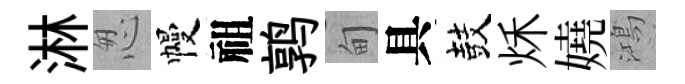
淋怱幔祖鹑甸具鼓秌嬈鴻